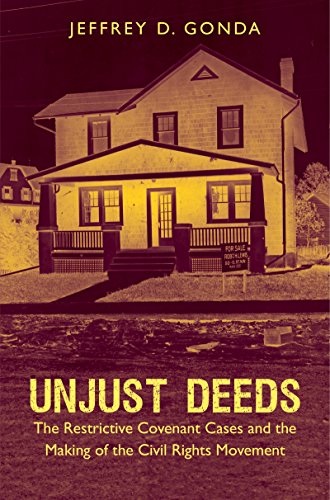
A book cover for Unjust Deeds: The Restrictive Covenant Cases and the Making of the Civil Rights Movement (Justice, Power, and Politics); Jeffrey D. Gonda; Law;